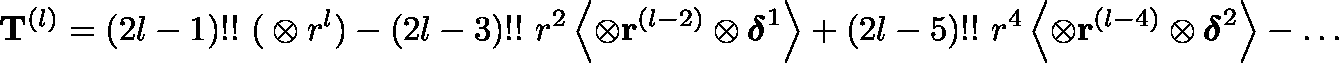
\mathbf { T } ^ { ( l ) } = ( 2 l - 1 ) ! ! \ \mathbf { ( } \otimes r ^ { l } ) - ( 2 l - 3 ) ! ! \ r ^ { 2 } \left\langle \otimes \mathbf { r } ^ { ( l - 2 ) } \otimes { \mathsf { \boldsymbol { \delta } } } ^ { 1 } \right\rangle + ( 2 l - 5 ) ! ! \ r ^ { 4 } \left\langle \otimes \mathbf { r } ^ { ( l - 4 ) } \otimes { \mathsf { \boldsymbol { \delta } } } ^ { 2 } \right\rangle - \ldots